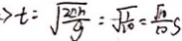
> t = \sqrt { \frac { 2 0 h } { g } } = - \sqrt { \frac { 1 } { 1 0 } } = \frac { \sqrt { 1 0 } } { 1 0 } s